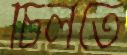
চিলতে